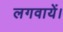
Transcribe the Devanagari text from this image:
लगवायें।